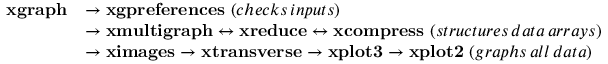
\begin{array} { r l } { \mathbf { x g r a p h } } & { \rightarrow \mathbf { x g p r e f e r e n c e s } \, \, ( c h e c k s \, i n p u t s ) } \\ & { \rightarrow \mathbf { x m u l t i g r a p h } \leftrightarrow \mathbf { x r e d u c e \leftrightarrow \mathbf { x c o m p r e s s } } \, \, ( s t r u c t u r e s \, d a t a \, a r r a y s ) } \\ & { \rightarrow \mathbf { x i m a g e s } \rightarrow \mathbf { x t r a n s v e r s e } \rightarrow \mathbf { x p l o t 3 } \rightarrow \mathbf { x p l o t 2 } \, \, ( g r a p h s \, a l l \, d a t a ) } \end{array}